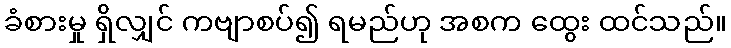
ခံစားမှု ရှိလျှင် ကဗျာစပ်၍ ရမည်ဟု အစက ထွေး ထင်သည်။